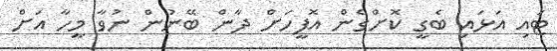
ޓައި އަޅައި ބެގީ ކޮށްގެން އޮފީހަށް ދާން ބޭނުން ނުވާ މީހާ އަށް